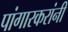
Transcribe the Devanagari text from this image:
पांगारकरांनी